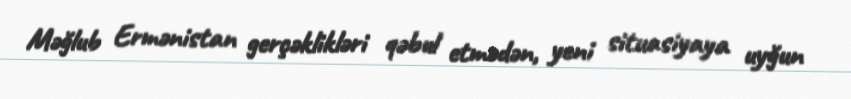
Məğlub Ermənistan gerçəklikləri qəbul etmədən, yeni situasiyaya uyğun